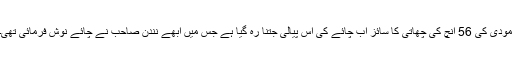
مودی کی 56 انچ کی چھاتی کا سائز اب چائے کی اس پیالی جتنا رہ گیا ہے جس میں ابھے نندن صاحب نے چائے نوش فرمائی تھی۔